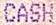
CASH